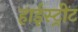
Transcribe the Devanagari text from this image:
हाईस्ट्रीट